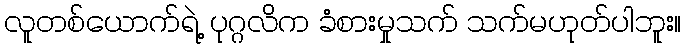
လူတစ်ယောက်ရဲ့ ပုဂ္ဂလိက ခံစားမှုသက် သက်မဟုတ်ပါဘူး။